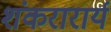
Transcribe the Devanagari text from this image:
शंकरारार्य